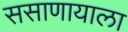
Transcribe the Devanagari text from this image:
ससाणायाला